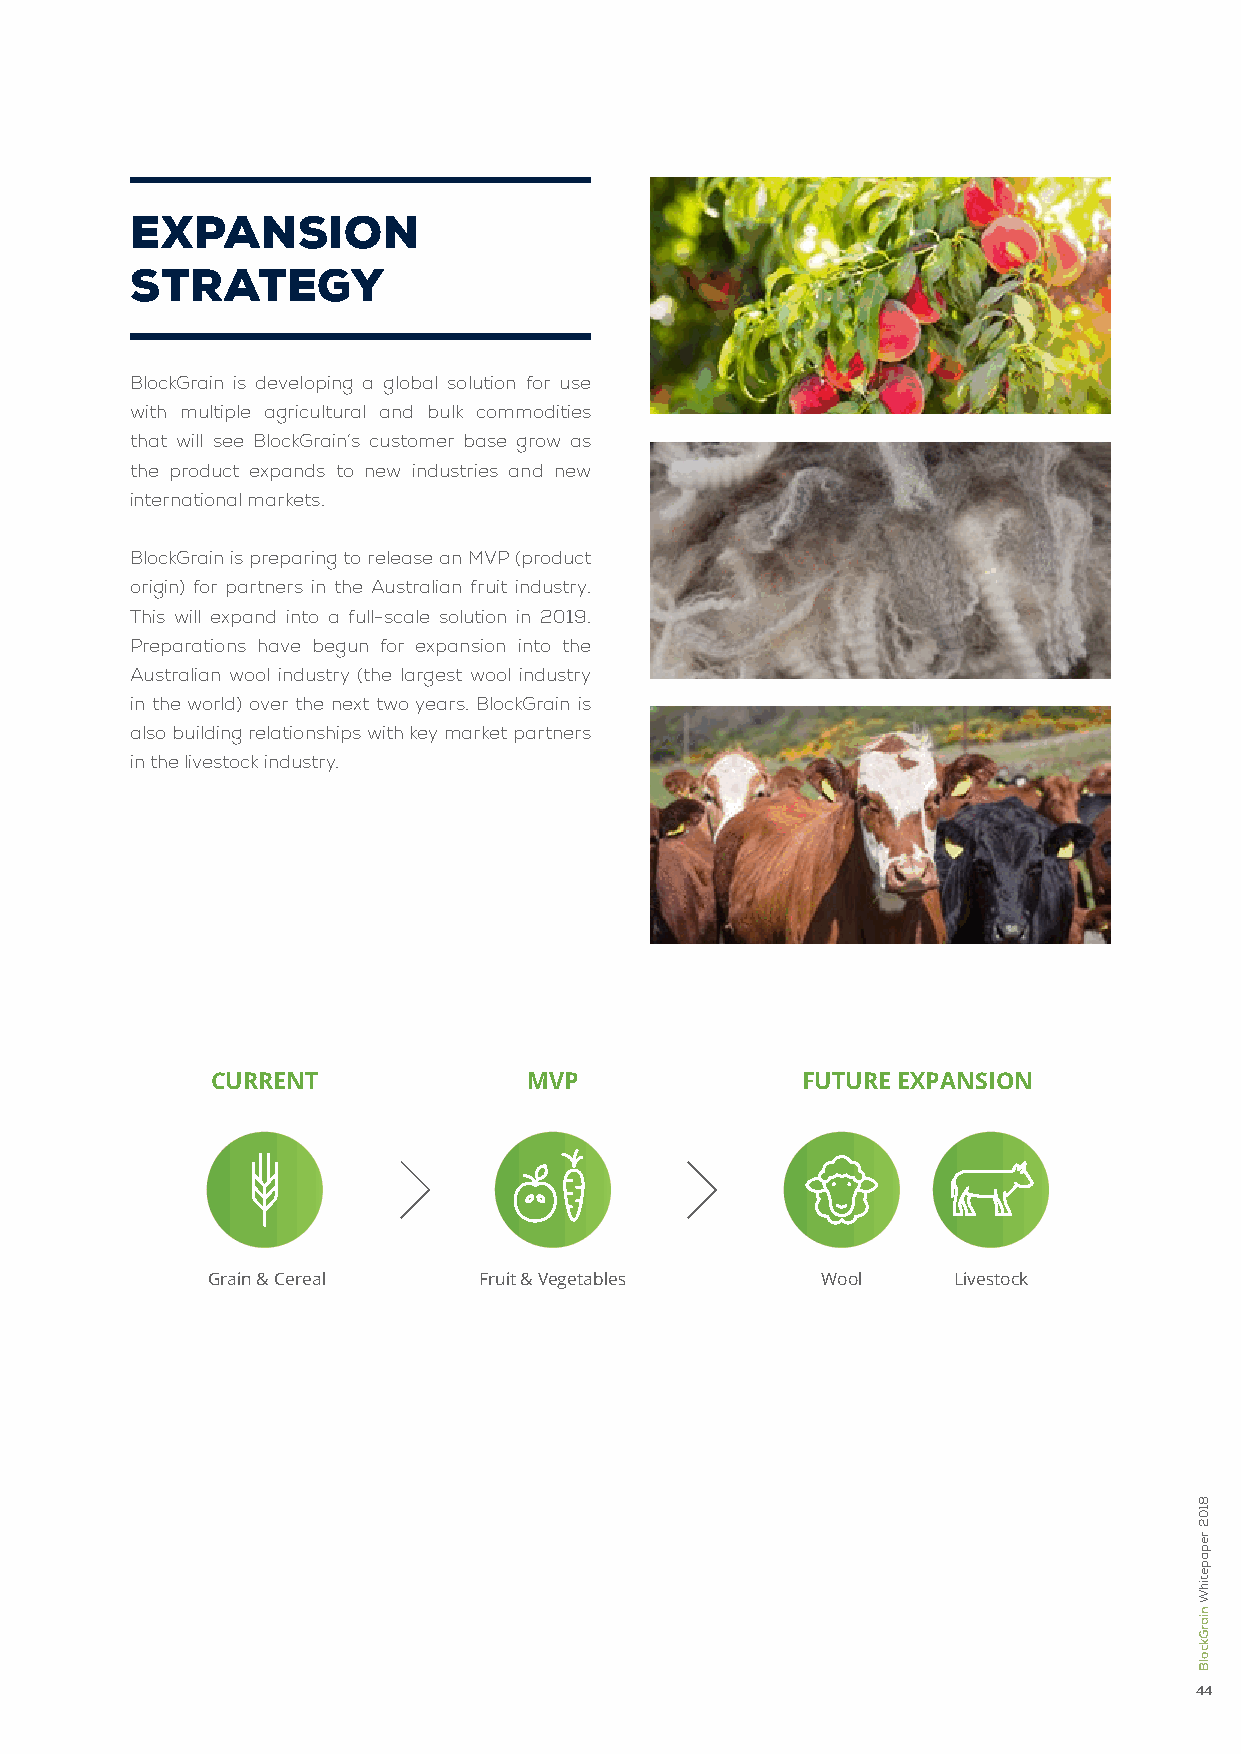
expansIon
 strateGy
 BlockGrain is developing a global solution for use
 with multiple agricultural and bulk commodities
 that will see BlockGrain’s customer base grow as
 the product expands to new industries and new
 international markets.
 BlockGrain is preparing to release an MVP (product
 origin) for partners in the Australian fruit industry.
 This will expand into a full-scale solution in 2019.
 Preparations have begun for expansion into the
 Australian wool industry (the largest wool industry
 in the world) over the next two years. BlockGrain is
 also building relationships with key market partners
 in the livestock industry.
 CURRENT              MVP               FUTURE EXPANSION
 Grain & Cereal    Fruit & Vegetables    Wool     Livestock
 44
 8102
 repapetihW
 niarGkcolB